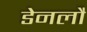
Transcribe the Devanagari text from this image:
डेनलौ